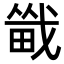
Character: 𪽚